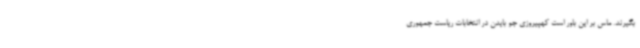
بگیرند. ماس بر این باور است کهپیروزی جو بایدن در انتخابات ریاست جمهوری